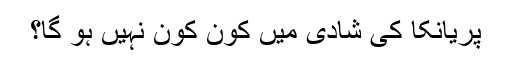
پریانکا کی شادی میں کون کون نہیں ہو گا؟